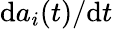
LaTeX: \mathrm{d}a_{i}(t)/\mathrm{d}t